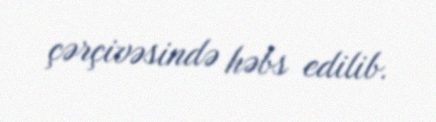
çərçivəsində həbs edilib.